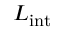
L _ { \mathrm { i n t } }